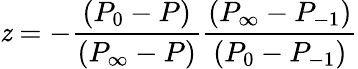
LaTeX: \mathit{z}=-\frac{{(P_{0}-P)}}{{(P_{\infty}-P)}}\frac{{(P_{\infty}-P_{-1})}}{{(P_{0}-P_{-1})}}